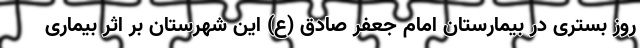
روز بستری در بیمارستان امام جعفر صادق (ع) این شهرستان بر اثر بیماری